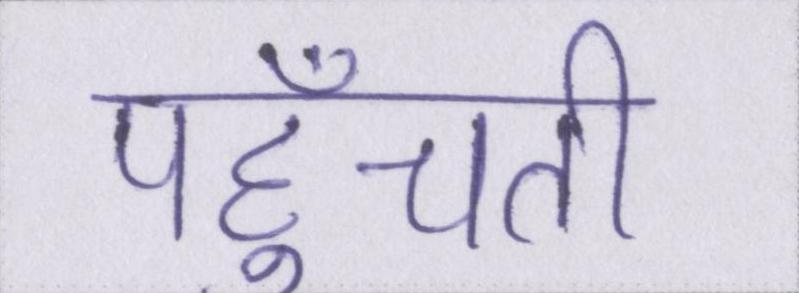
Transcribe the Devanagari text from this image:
पहुँचती